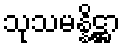
သုသမန္နိဋ္ဌာ